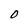
Character: D